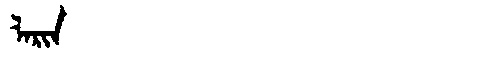
Manchu: ᠯᠠᡵᡳᠨ
Romanization: LARIN